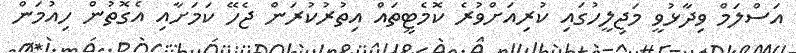
އަސްލަމް ވިދާޅުވީ މަޖިލީހުގައި ކުރިއަށްވުރެ ކޮމެޓީތައް އިތުރުކުރަން ޖެހޭ ކަމަށާއި އެގޮތުން ހިއުމަން